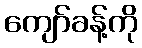
ကျော်ခန့်ကို